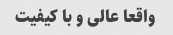
واقعا عالی و با کیفیت